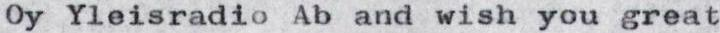
Oy Yleisradio Ab and wish you great